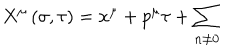
LaTeX: X ^ { \mu } \left( \sigma , \tau \right) = x ^ { \mu } + p ^ { \mu } \tau + \sum _ { n \neq 0 }